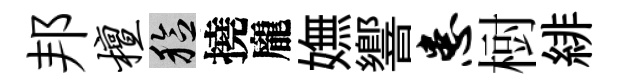
邦檀稔撓龐嫵響患𣗳緋